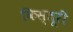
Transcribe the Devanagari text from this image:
किस्तूरी